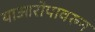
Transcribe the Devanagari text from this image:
याआरोपावरुन